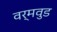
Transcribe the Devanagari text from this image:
वर्मवुड